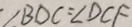
\angle B D C = \angle D C F